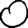
Digit: 0